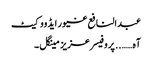
عبدالنافع غیور ایڈووکیٹ
آہ…….. پروفیسر عزیز مینگل ۔